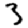
Digit: 3